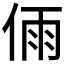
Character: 𠉴